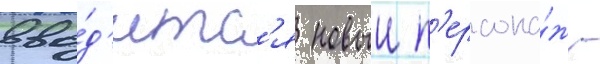
вво́д'итс'я новыи п'ерсона́ж -